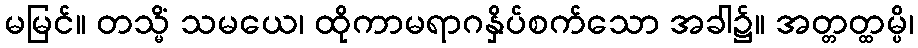
မမြင်။ တသ္မိံ သမယေ၊ ထိုကာမရာဂနှိပ်စက်သော အခါ၌။ အတ္တတ္ထမ္ပိ၊